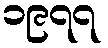
၁၉၇၇